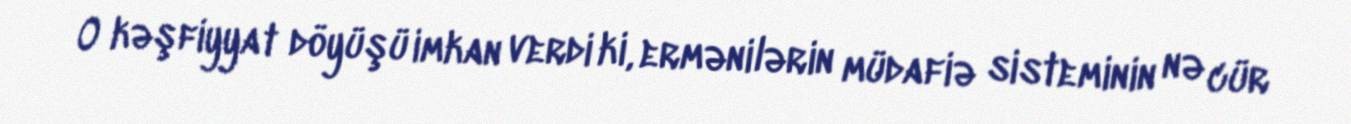
O kəşfiyyat döyüşü imkan verdi ki, ermənilərin müdafiə sisteminin nə cür